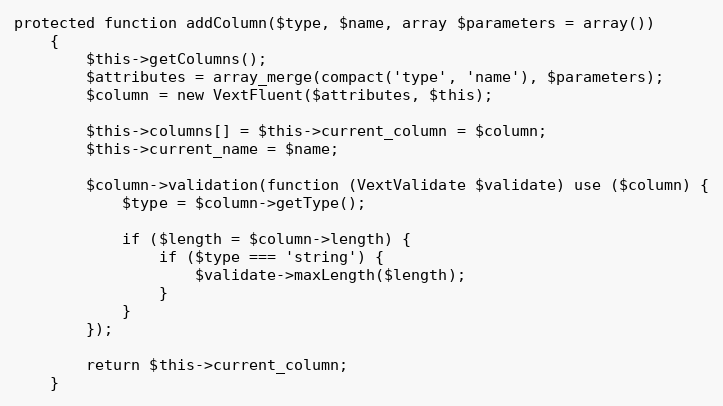
Language: PHP
protected function addColumn($type, $name, array $parameters = array())
    {
        $this->getColumns();
        $attributes = array_merge(compact('type', 'name'), $parameters);
        $column = new VextFluent($attributes, $this);

        $this->columns[] = $this->current_column = $column;
        $this->current_name = $name;

        $column->validation(function (VextValidate $validate) use ($column) {
            $type = $column->getType();

            if ($length = $column->length) {
                if ($type === 'string') {
                    $validate->maxLength($length);
                }
            }
        });

        return $this->current_column;
    }